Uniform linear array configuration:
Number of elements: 24
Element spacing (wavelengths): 1
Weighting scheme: hann
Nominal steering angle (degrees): -45
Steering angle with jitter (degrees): -45.405
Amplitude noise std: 0.05
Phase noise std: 0.05

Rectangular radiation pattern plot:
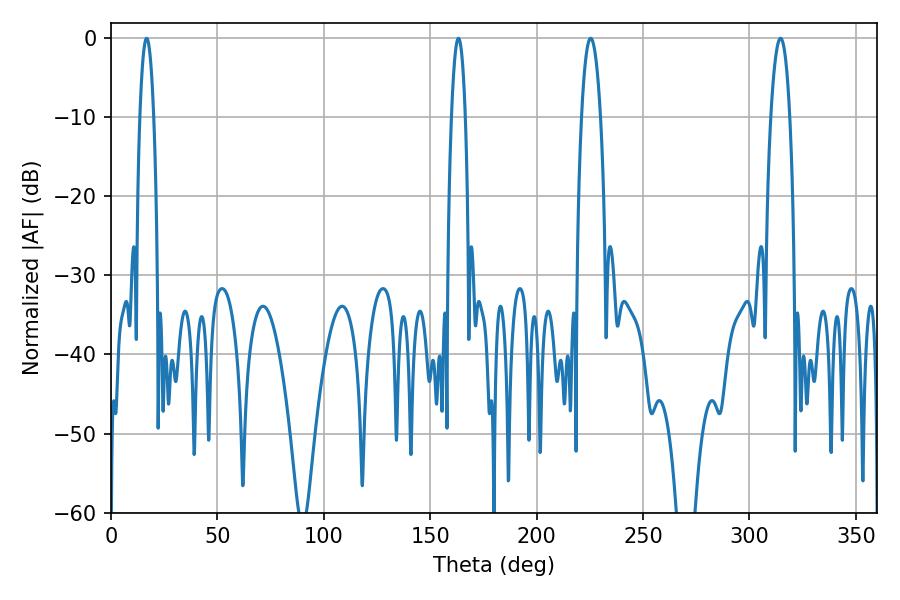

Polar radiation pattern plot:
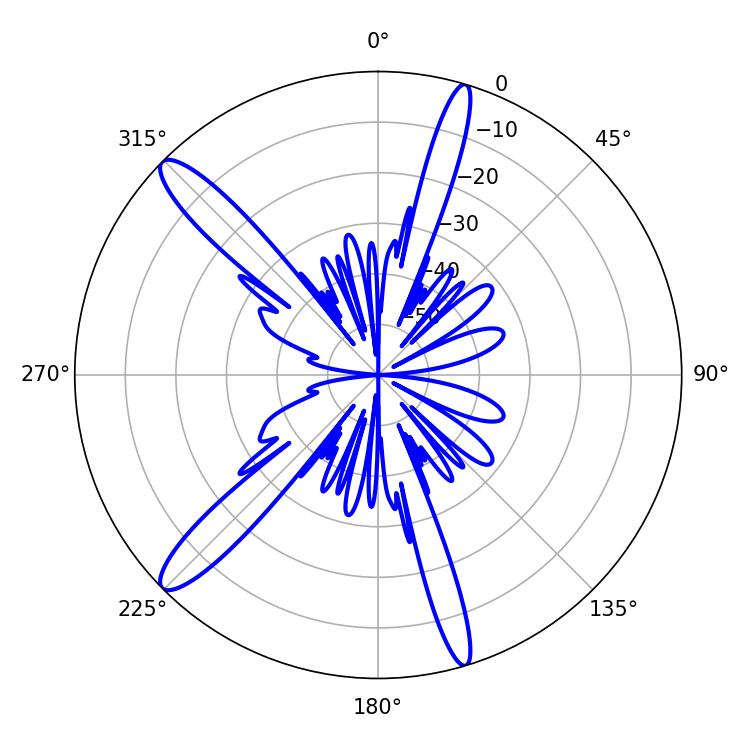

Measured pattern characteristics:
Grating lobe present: TRUE
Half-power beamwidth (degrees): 3.6
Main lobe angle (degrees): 16.74